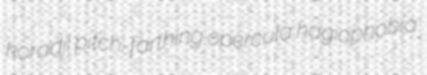
koradji pitch-farthing opercula hagiophobia